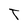
Character: T